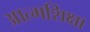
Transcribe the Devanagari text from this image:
आत्मशिक्षा